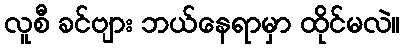
လူစီ ခင်ဗျား ဘယ်နေရာမှာ ထိုင်မလဲ။